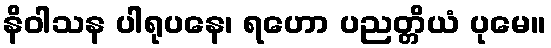
နိဝါသန ပါရုပနေ၊ ရဟော ပညတ္တိယံ ပုမေ။